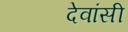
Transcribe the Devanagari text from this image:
देवांसी